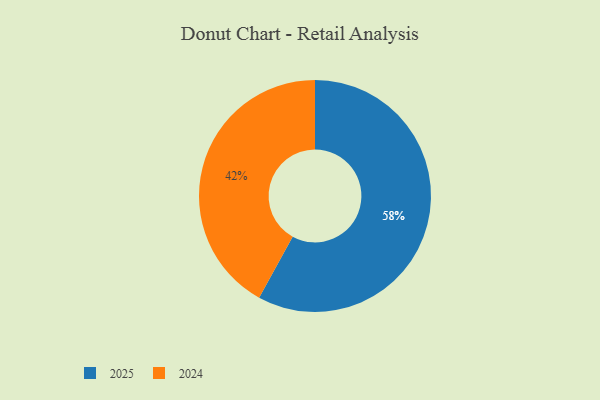
{"axis": {"x": "Category", "y": "Percentage"}, "legend": ["2024", "2025"], "data": [{"x": "2024", "y": 42, "type": "2024"}, {"x": "2025", "y": 58, "type": "2025"}]}